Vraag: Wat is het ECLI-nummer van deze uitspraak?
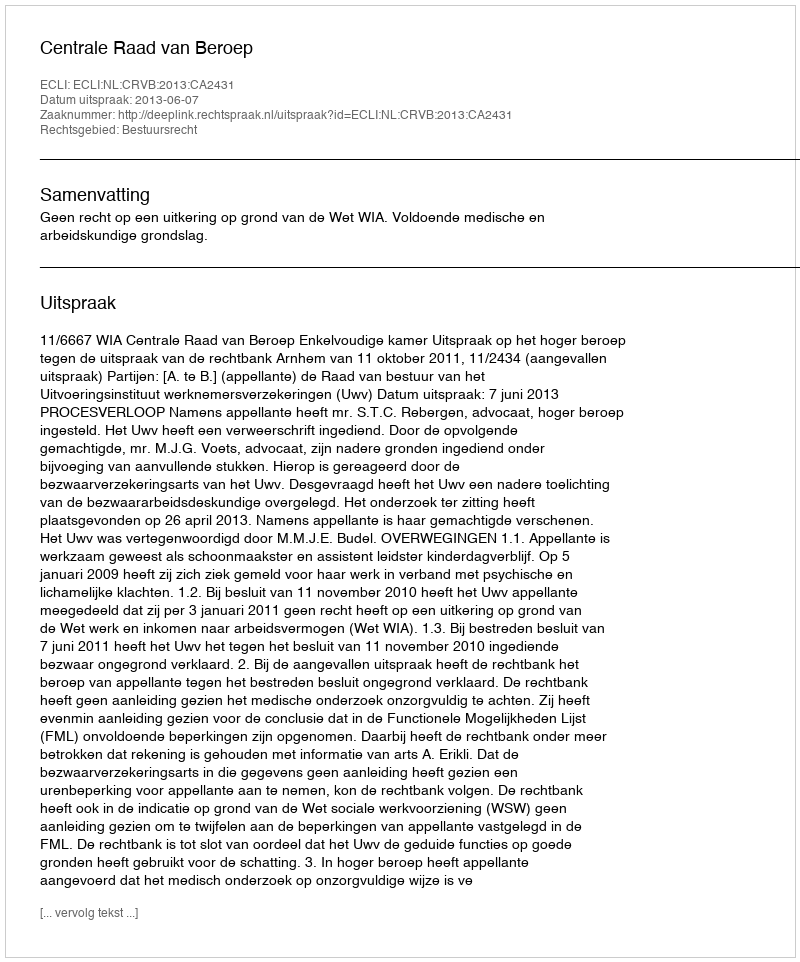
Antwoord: ECLI:NL:CRVB:2013:CA2431